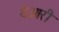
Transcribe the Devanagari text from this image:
थेओरी